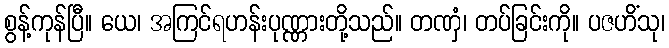
စွန့်ကုန်ပြီ။ ယေ၊ အကြင်ရဟန်းပုဏ္ဏားတို့သည်။ တဏှံ၊ တပ်ခြင်းကို။ ပဇဟိံသု၊